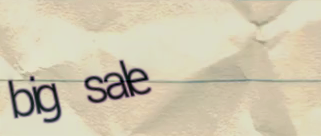
big sale